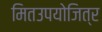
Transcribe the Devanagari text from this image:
मितउपयोजित्र